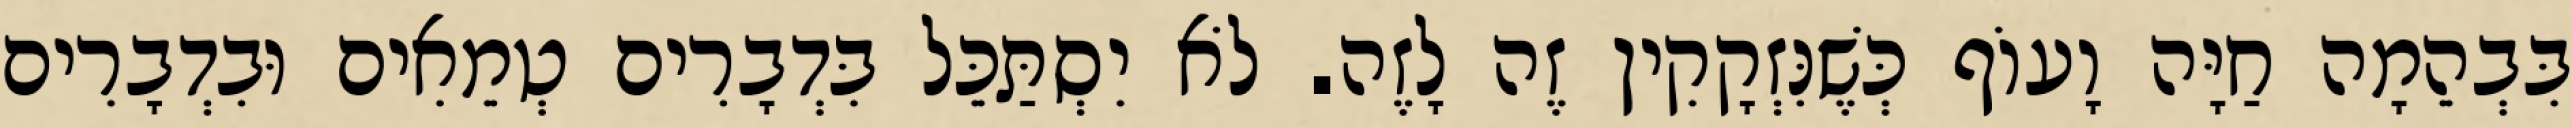
בִּבְהֵמָה חַיָּה וָעוֹף כְּשֶׁנִּזְקָקִין זֶה לָזֶה. לֹא יִסְתַּכֵּל בִּדְבָרִים טְמֵאִים וּבִדְבָרִים